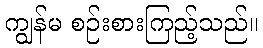
ကျွန်မ စဉ်းစားကြည့်သည်။